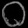
Digit: ၀